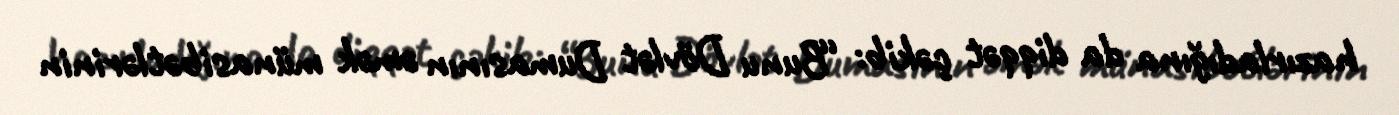
hazırladığına da diqqət çəkib: “Bunu Dövlət Dumasının əmək münasibətlərinin